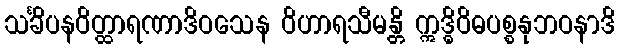
သင်္ခိပနဝိတ္ထာရဏာဒိဝသေန ဝိဟာရသီမန္တိ ဣဒ္ဓိဝိဓပစ္စနုဘဝနာဒိ